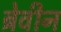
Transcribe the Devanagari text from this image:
ब्रेवीन